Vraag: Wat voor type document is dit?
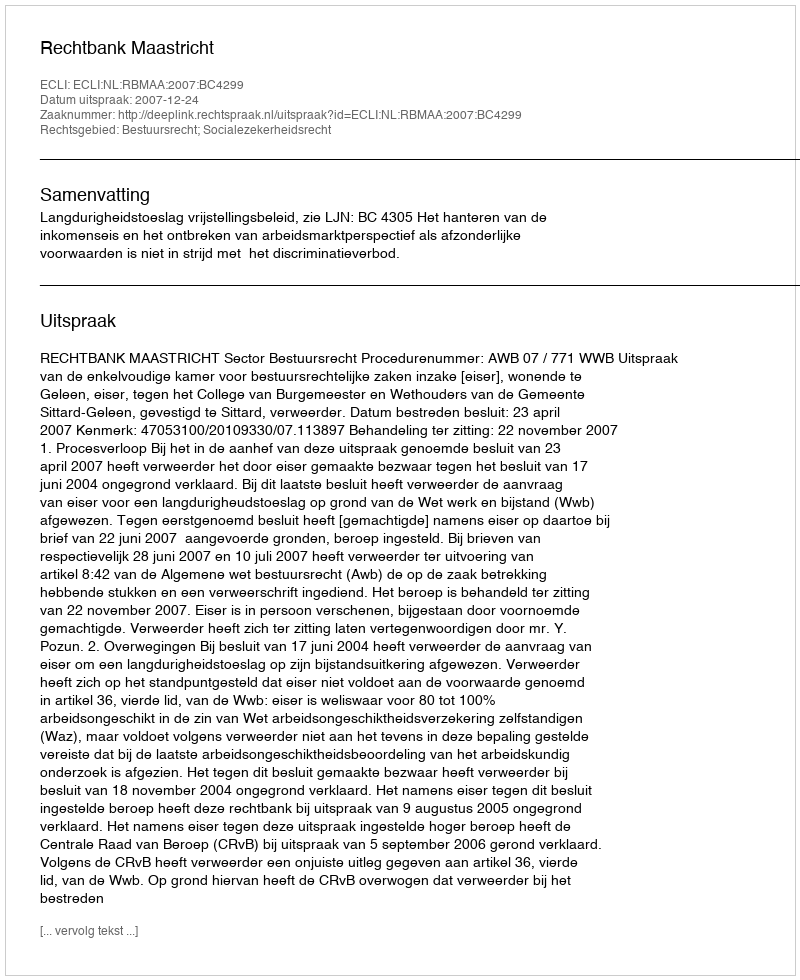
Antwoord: Uitspraak